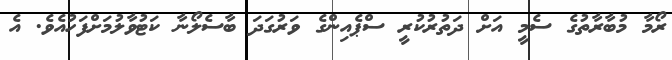
ރޯމާ މުބާރާތުގެ ސެމީ އަށް ދަތުރުކުރީ ސްޕެއިންގެ ވަރުގަދަ ބާސެލޯނާ ކަޓުވާލުމަށްފަހުއެވެ. އެ